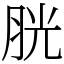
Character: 胱